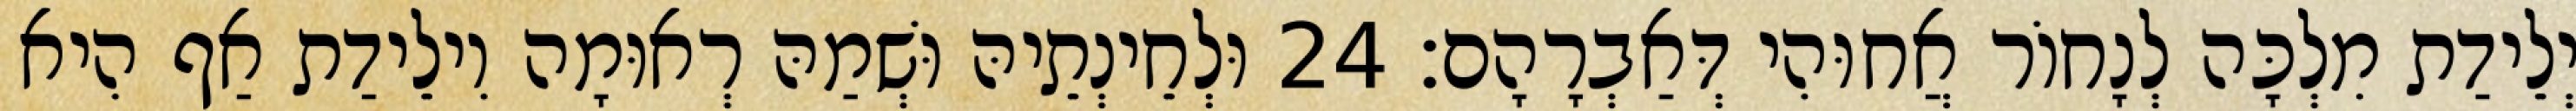
יְלֵידַת מִלְכָּה לְנָחוֹר אֲחוּהִי דְּאַבְרָהָם׃ 24 וּלְחֵינְתֵיהּ וּשְׁמַהּ רְאוּמָה וִילֵידַת אַף הִיא